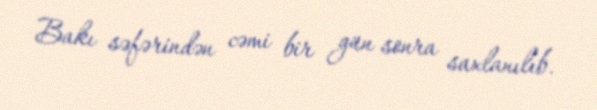
Bakı səfərindən cəmi bir gün sonra saxlanılıb.